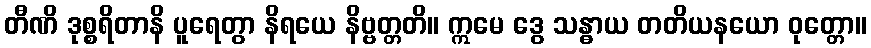
တီဏိ ဒုစ္စရိတာနိ ပူရေတွာ နိရယေ နိဗ္ဗတ္တတိ။ ဣမေ ဒွေ သန္ဓာယ တတိယနယော ဝုတ္တော။